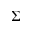
\boldsymbol \Sigma